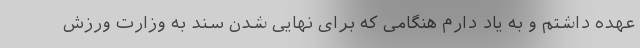
عهده داشتم و به یاد دارم هنگامی که برای نهایی شدن سند به وزارت ورزش